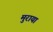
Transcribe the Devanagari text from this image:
मुराया